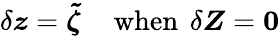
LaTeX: \delta\boldsymbol z=\boldsymbol{\tilde{\zeta}}\, \quad\mathrm{when}\, \ \delta\boldsymbol Z=\boldsymbol 0